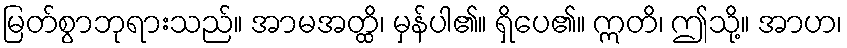
မြတ်စွာဘုရားသည်။ အာမအတ္ထိ၊ မှန်ပါ၏။ ရှိပေ၏။ ဣတိ၊ ဤသို့။ အာဟ၊